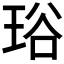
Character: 𤥫